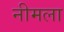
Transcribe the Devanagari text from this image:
नीमला